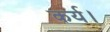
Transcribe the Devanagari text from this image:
कर्य।